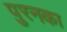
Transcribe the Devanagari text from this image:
पुरनका